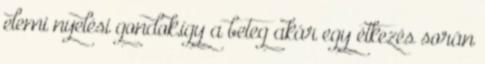
elemi nyelési gondok,így a beteg akár egy étkezés során